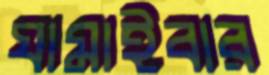
ঘামাইবার